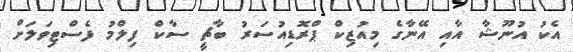
އެކު އުނޫޝާ އާއި އޭނާގެ މިއުޒިކް ޕްރޮޑިއުސަރު ބާޗީ ސާކް ފިލްމު ފެސްޓިވަލަށް